Lunatic asylums in Bengal annual reports 1899-1911 - 1899-1911
Year: 1899
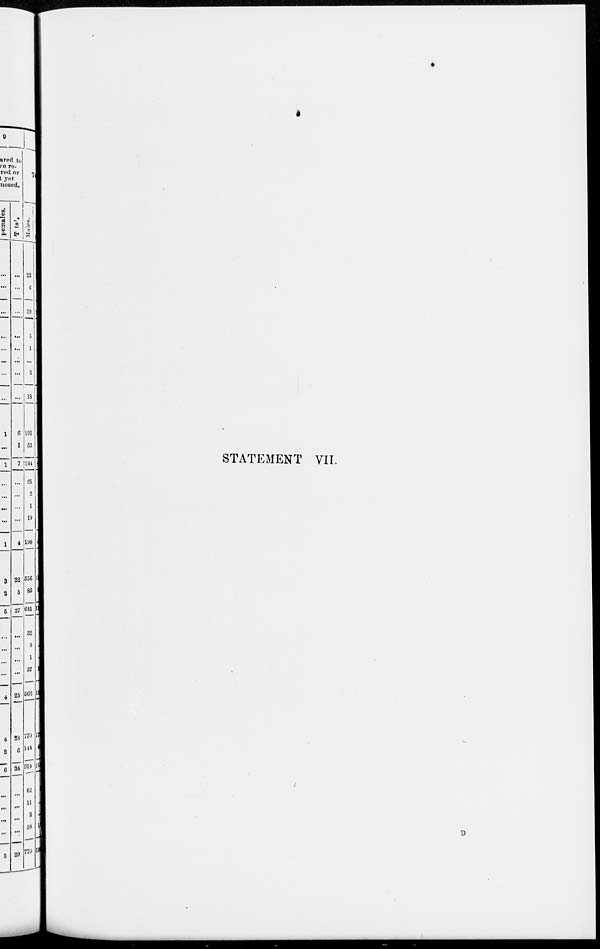
STATEMENT VII.
D